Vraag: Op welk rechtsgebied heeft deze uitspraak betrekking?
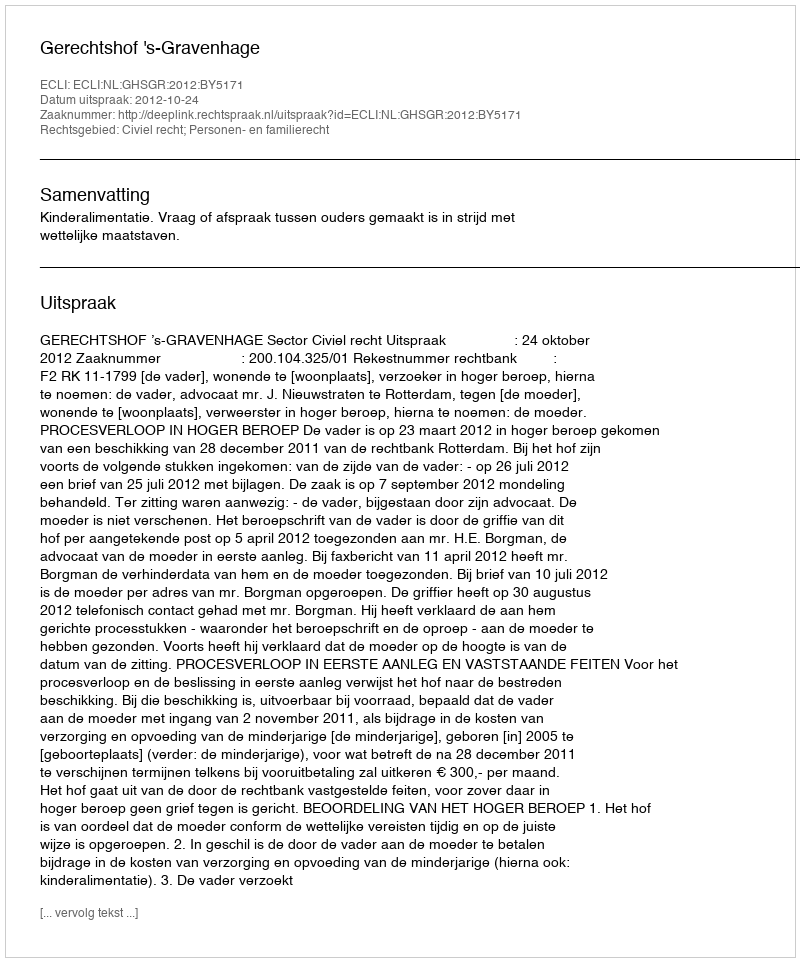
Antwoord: Civiel recht; Personen- en familierecht